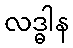
လဒ္ဓါန